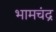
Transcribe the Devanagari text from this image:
भामचंद्र